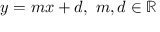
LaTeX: y = m x + d , \ m , d \in \mathbb { R }